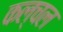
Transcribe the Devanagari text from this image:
कल्चल